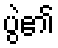
ပွဲ၏